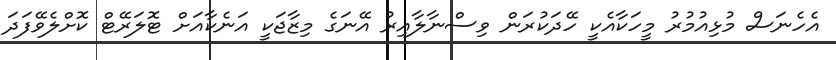
އެހެނަސް މުޅިއުމުރު މީހަކާއެކީ ހޭދަކުރަން ވިސްނާލާއިރު އޭނަގެ މިޒާޖަކީ އަނެކާއަށް ޓޮލަރޭޓް ކޮށްލެވޭފަދަ